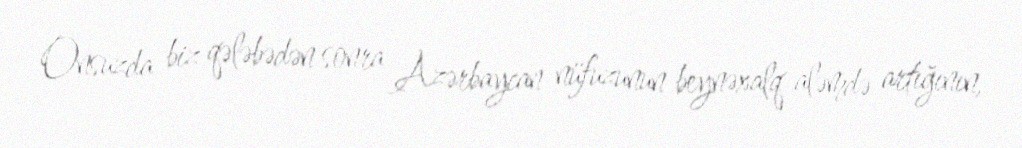
Onsuzda biz qələbədən sonra Azərbaycan nüfuzunun beynəxalq aləmdə artığının,